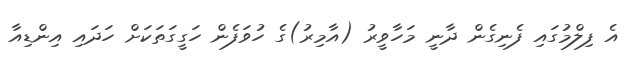
އެ ފިލްމުގައި ފެނިގެން ދާނީ މަހާވީރު (އާމިރު)ގެ ހުވަފެން ހަގީގަތަކަށް ހަދައި އިންޑިއާ